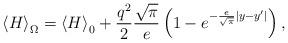
LaTeX: \begin{align*}\left\langle H \right\rangle _\Omega = \left\langle H\right\rangle _0 + \frac{{q^2 }}{2}\frac{{\sqrt \pi }}{e}\left({1 - e^{ - \frac{e}{{\sqrt \pi }}|y - y^\prime |} } \right) ,\end{align*}